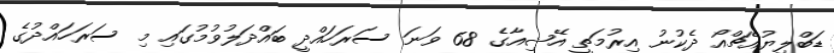
ޑަބްލިޔުއެޗްއޯ ދެކުނު އިރުމަތީ އޭޝިއާގެ 68 ވަނަ ސަރަހައްދީ ބައްދަލުވުމުގައި މި ސަރަހައްދުގެ